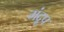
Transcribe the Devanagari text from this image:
मंद्रूप